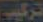
تركيب